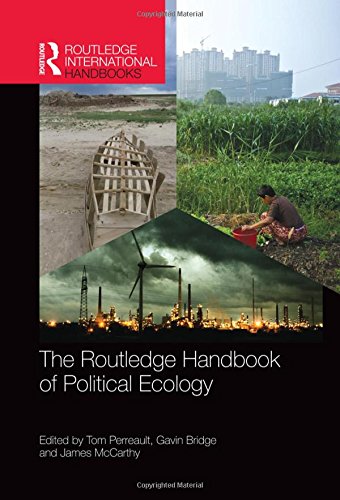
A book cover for The Routledge Handbook of Political Ecology (Routledge International Handbooks); Business & Money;